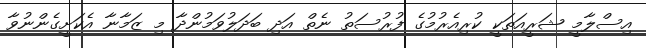
އިސްލާމީ ޝަރީއަތަކީ ކުރިއެރުމުގެ ފުރުސަތު ނެތް އަދި ބަދަލުވަމުންދާ މި ޒަމާނާ އެކަށީގެންނުވާ